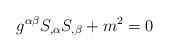
LaTeX: \begin{align*}g^{\alpha \beta }S_{,\alpha }S_{,\beta }+m^2=0\end{align*}